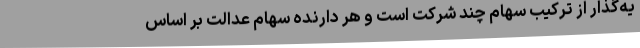
یه‌گذار از ترکیب سهام چند شرکت است و هر دارنده سهام عدالت بر اساس